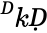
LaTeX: ^ḊkḌ